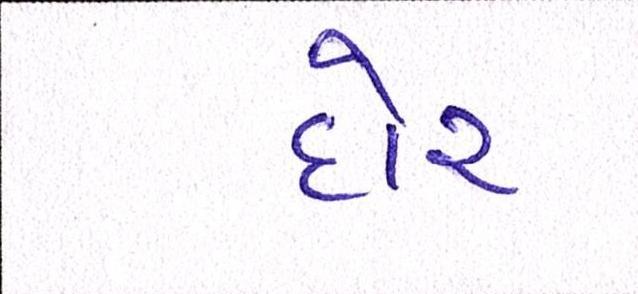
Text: દોર